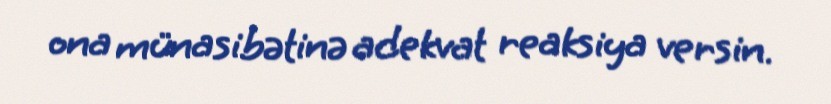
ona münasibətinə adekvat reaksiya versin.